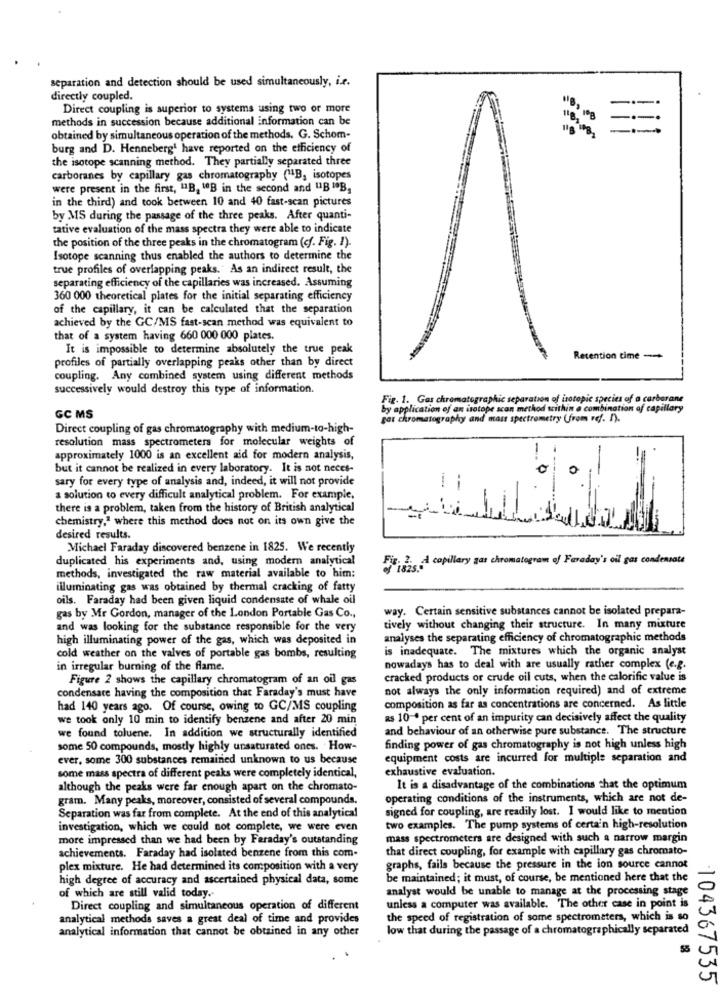
separation and detection should be used simultaneously, ir.
directly coupled.
Direct coupling is superior to systems using two or more
methods in succession because additional information can be
obtained by simultaneous operation of the methods. G. Schom-
1100,000
burg and D. Henneberg' have reported on the efficiency of
the isotope scanning method. They partially separated three
carboranes by capillary gas chromatography ("1B, isotopes
were present in the first, "B, "OB in the second and "B "B,
in the third) and took between 10 and 40 fast-scan pictures
by MS during the passage of the three peaks. After quanti-
tative evaluation of the mass spectra they were able to indicate
the position of the three peaks in the chromatogram (cf. Fig. 1).
Isotope scanning thus enabled the authors to determine the
true profiles of overlapping peaks." As an indirect result, the
separating efficiency of the capillaries was increased. Assuming
360 000 theoretical plates for the initial separating efficiency
of the capillary, it can be calculated that the separation
achieved by the GC/MS fast-scan method was equivalent to
that of a system having 660 000 000 plates.
It is impossible to determine absolutely the true peak
profiles of partially overlapping peaks other than by direct
Retention time -
coupling. Any combined system using different methods
successively would destroy this type of information.
Fig. 1. Gas chromatographic separation of isotopic species of a carbarane
by application of an isotope scan method within a combination of capillary
GC MS
gat chromatography and mass spectrometry (from ref. I).
Direct coupling of gas chromatography with medium-to-high-
resolution mass spectrometers for molecular weights of
approximately 1000 is an excellent aid for modern analysis,
but it cannot be realized in every laboratory. It is not neces-
sary for every type of analysis and, indeed, it will not provide
--
a solution to every difficult analytical problem. For example,
there is a problem, taken from the history of British analytical
chemistry," where this method does not on its own give the
desired results.
Michael Faraday discovered benzene in 1825. We recently
duplicated his experiments and, using modern analytical
affians.a capillary gas chromatogram of Faraday's oil gas condensate
methods, investigated the raw material available to him;
illuminating gas was obtained by thermal cracking of fatty
oils. Faraday had been given liquid condensate of whale oil
way. Certain sensitive substances cannot be isolated prepara-
gas by Mr Gordon, manager of the London Portable Gas Co .,
and was looking for the substance responsible for the very
tively without changing their structure. In many mixture
high illuminating power of the gas, which was deposited in
analyses the separating efficiency of chromatographic methods
is inadequate. The mixtures which the organic analyst
cold weather on the valves of portable gas bombs, resulting
in irregular burning of the flame.
nowadays has to deal with are usually rather complex (e.g.
Figure 2 shows the capillary chromatogram of an oil gas
cracked products or crude oil cuts, when the calorific value is
condensare having the composition that Faraday's must have
not always the only information required) and of extreme
had 140 years ago. Of course, owing to GC/MS coupling
composition as far as concentrations are concerned. As little
we took only 10 min to identify benzene and after 20 min
as 10 * per cent of an impurity can decisively affect the quality
we found toluene. In addition we structurally identified
and behaviour of an otherwise pure substance. The structure
some 50 compounds, mostly highly unsaturated ones. How-
finding power of gas chromatography is not high unless high
ever, some 300 substances remained unknown to us because
equipment costs are incurred for multiple separation and
exhaustive evaluation.
some mass spectra of different peaks were completely identical,
although the peaks were far enough apart on the chromato-
It is a disadvantage of the combinations that the optimum
gram. Many peaks, moreover, consisted of several compounds.
operating conditions of the instruments, which are not de-
signed for coupling, are readily lost. I would like to mention
Separation was far from complete. At the end of this analytical
investigation, which we could not complete, we were even
two examples. The pump systems of certa'n high-resolution
more impressed than we had been by Feraday's outstanding
mass spectrometers are designed with such a narrow margin
that direct coupling, for example with capillary gas chromato-
achievements. Faraday had isolated benzene from this com-
plex mixture. He had determined its composition with a very
graphs, fails because the pressure in the ion source cannot
high degree of accuracy and ascertained physical data, some
be maintained; it must, of course, be mentioned here that the
analyst would be unable to manage at the processing stage
of which are still valid today.
Direct coupling and simultaneous operation of different
unless a computer was available. The other case in point is
analytical methods saves a great deal of time and provides
the speed of registration of some spectrometers, which is so
analytical information that cannot be obtained in any other
low that during the passage of a chromatographically separated
104367535